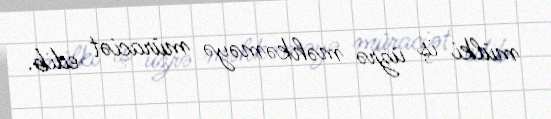
mülki iş üzrə məhkəməyə müraciət edib.